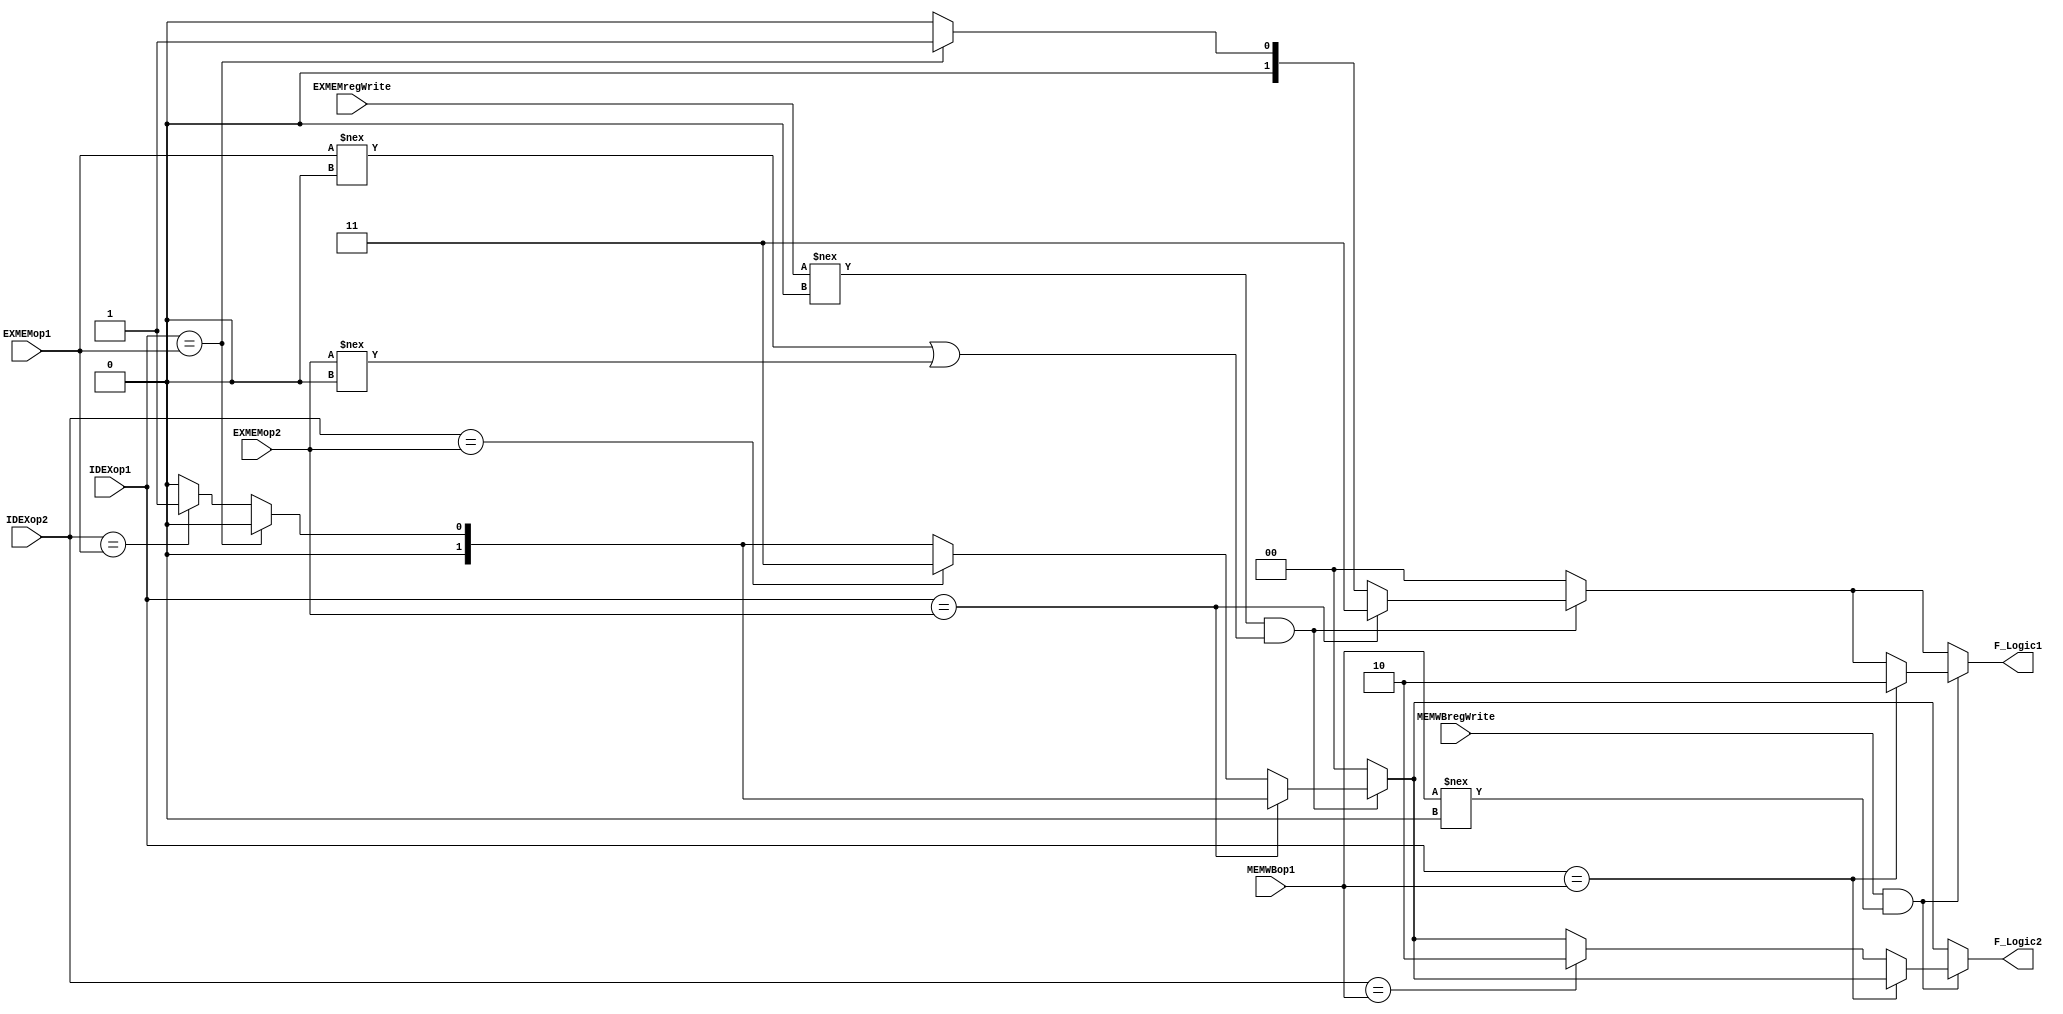
module forwarding_unit_stg3(
	input [3:0] IDEXop1, IDEXop2, EXMEMop1, EXMEMop2, MEMWBop1,
	input EXMEMregWrite, MEMWBregWrite,
	output reg [1:0] F_Logic1, F_Logic2
);
/*
	We are checking the forwarding unit as usual for op1 at the EXMEM & MEMWB stage. 
	The reason why we check EXMEMop2 for both forwarding mux's is because op2 can be written to and forwarded when performing a
		swap. Since swap registers are returned at stage 3, we only have to check EXMEM for both op1 & 2.
	Example:
		swap $R3, $R6
		add  $R3, $R6
	  ->We also check op2.
	  ->Forwarding signals and mux's have been edited to support this situation


	For regWrite at any stage, we are checking to make sure it is non-zero. As seen on the truth table logic, if regwrite is:
	00: We are not forwarding nor writing back to any register. 
	01: Only writing back/Forwarding op1. 
	10: Writing back/Forwarding to op1 (and possibly op2)
*/

always@(*)
begin

	// If nothing is being forwarded, 00 is passed to the forwarding mux's. This indicates that we are using the 'regular' values
	F_Logic1 = 2'b00;
	F_Logic2 = 2'b00;

	if(EXMEMregWrite !== 2'b00 && ((EXMEMop1 !== 0) || (EXMEMop2 !== 0)))begin
		// IDEX op1 Hazard
		if(IDEXop1 == EXMEMop1)begin
			F_Logic1 = 2'b01;
		end
		// IDEX op2 Hazard
		else if(IDEXop2 == EXMEMop1)begin
			F_Logic2 = 2'b01;
		end

		// IDEX op1 Hazard
		if(IDEXop1 == EXMEMop2)begin
			F_Logic1 = 2'b11;
		end
		// IDEX op2 Hazard
		else if(IDEXop2 == EXMEMop2)begin
			F_Logic2 = 2'b11;
		end
	end
	


	if(MEMWBregWrite != 2'b00 && (MEMWBop1 !== 0))begin
		// MEMWB op1 Hazard
		if(IDEXop1 == MEMWBop1)begin
			F_Logic1 = 2'b10;
		end
		// MEMWB op2 Hazard
		else if(IDEXop2 == MEMWBop1)begin
			F_Logic2 = 2'b10;
		end	
	end
end
endmodule